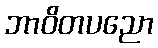
ဘာဝိတပညော